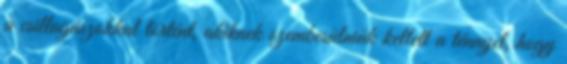
a csillagászokkal történt, akiknek szembesülniük kellett a ténnyel, hogy